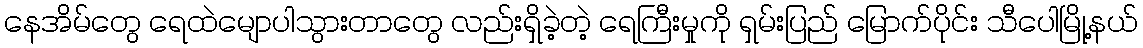
နေအိမ်တွေ ရေထဲမျောပါသွားတာတွေ လည်းရှိခဲ့တဲ့ ရေကြီးမှုကို ရှမ်းပြည် မြောက်ပိုင်း သီပေါမြို့နယ်